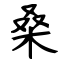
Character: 桑